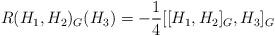
LaTeX: \begin{align*} R(H_1,H_2)_G(H_3)=-\frac{1}{4}[[H_1,H_2]_G,H_3]_G \end{align*}